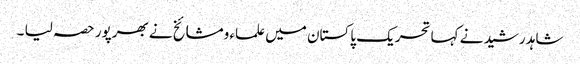
شاہد رشید نے کہا تحریک پاکستان میں علماء ومشائخ نے بھرپور حصہ لیا ۔